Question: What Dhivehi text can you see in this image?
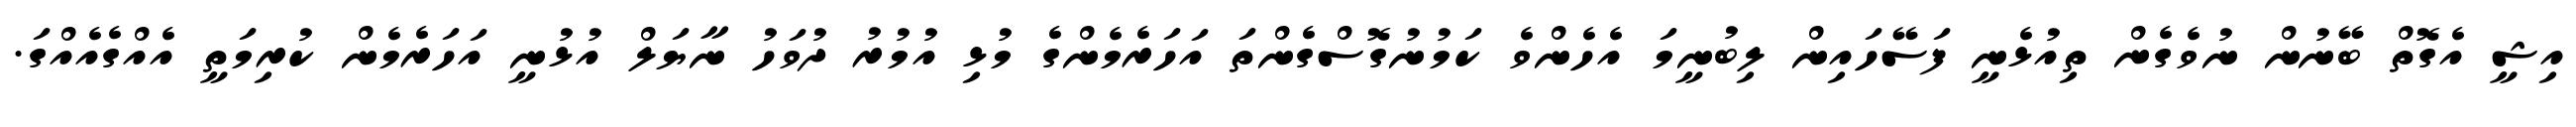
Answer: އިޝީ އެގޮތް ބޭނުން ނުވެގެން ތިއުޅެނީ ފަސޭހައިން ލިބުނީމަ އެހެންވެ ކަމުނުގޮސްގެންތަ އަހަރެމެންގެ މުޅި އުމުރު ދުވަހު ނާޔަލް އުޅުނީ އަހަރެމެން ކުރިމަތީ އެއްގެއެއްގަ.